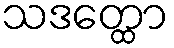
သဒတ္ထော